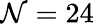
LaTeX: \mathcal{N}=24